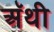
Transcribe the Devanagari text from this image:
अॅथी